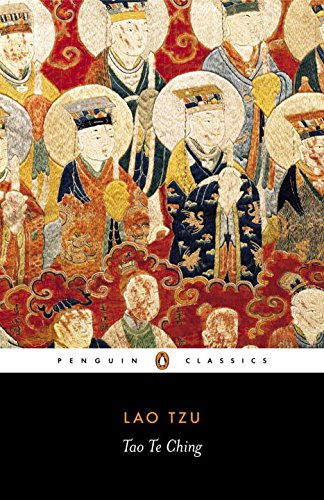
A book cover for Tao Te Ching; Lao Tzu; Literature & Fiction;